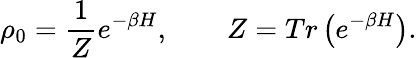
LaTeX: \rho_{0}=\frac{1}{Z}e^{-\beta H},\qquad Z=Tr\left(e^{-\beta H}\right).